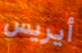
أيريس